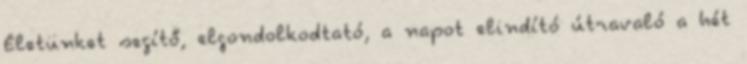
Életünket segítő, elgondolkodtató, a napot elindító útravaló a hét